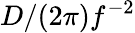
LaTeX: D/(2\pi)f^{-2}